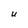
Character: U